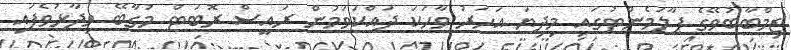
ޒިމްބާބުވޭގެ ޕާލަމެންޓުގައި މިދިޔަ އަހަރު ވާހަކަ ދައްކަވަމުން ރައީސް ރޮބަޓް މުގާބޭ ވިދާޅުވެފައި